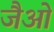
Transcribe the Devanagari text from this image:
जैओ